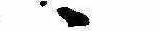
ゝ